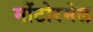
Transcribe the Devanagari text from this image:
मोंटोरमेल